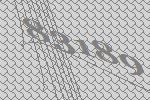
83189